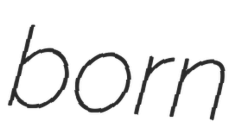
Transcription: born